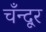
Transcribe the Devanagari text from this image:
चँन्दूर